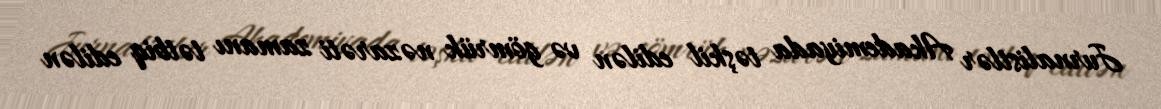
Jurnalistlər Akademiyada təşkil edilən və gömrük nəzarəti zamanı tətbiq edilən